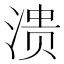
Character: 溃